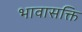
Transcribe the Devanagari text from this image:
भावासक्ति